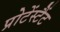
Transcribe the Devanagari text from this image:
प्रोटेंस्टैंट